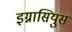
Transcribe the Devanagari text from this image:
इग्नासियुस